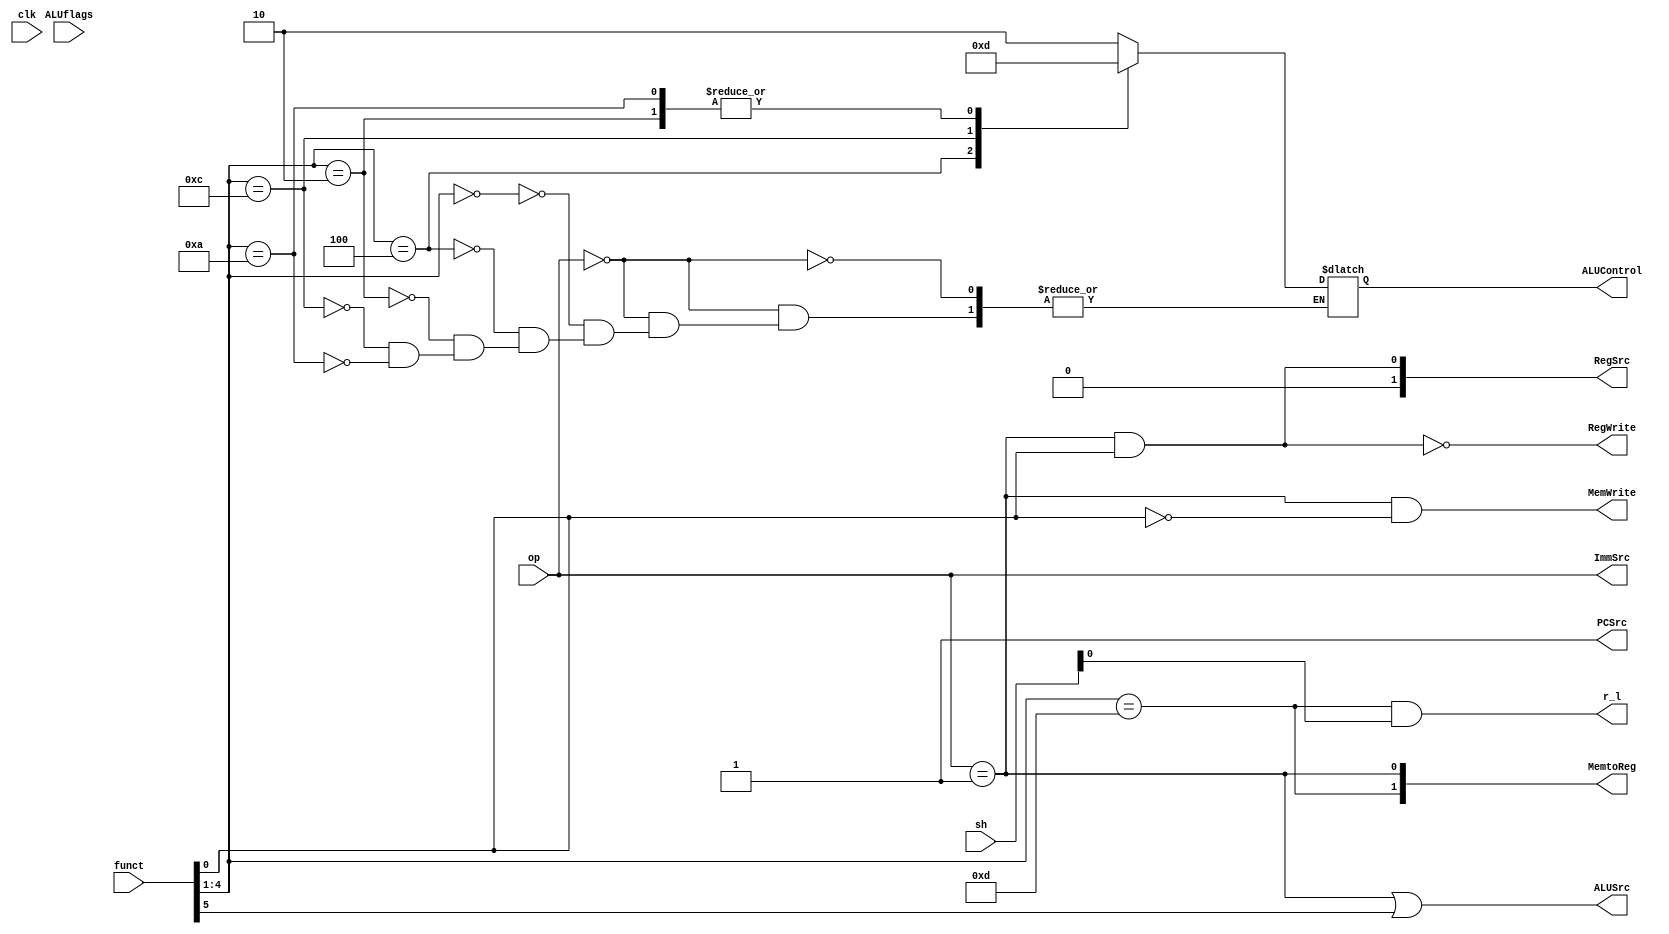
module controller(input clk,input [1:0] op, input [5:0] funct, input [3:0] ALUflags, input[1:0] sh,
 output PCSrc,RegWrite,ALUSrc,MemWrite,r_l,output [1:0] MemtoReg,RegSrc,ImmSrc,output reg [1:0] ALUControl);
 

reg [3:0] CPSR;


assign PCSrc=1; //since there is no branch

assign MemtoReg={funct[4:1]==4'b1101,op==1};
assign MemWrite=(op==1)&(~funct[0]);
assign ALUSrc=(op==1)| funct[5];
assign ImmSrc=op;
assign RegWrite=~((op==1)&funct[0]);
assign RegSrc={1'b0,(op==1)&funct[0]};
assign r_l= (funct[4:1]==4'b1101)&sh[0];


always @(*)          
	if(op==0)
		case (funct[4:1])
			4'b0000: ALUControl=2'b10;  //AND op
			4'b0100: ALUControl=2'b00;  //ADD op
			4'b0010: ALUControl=2'b01;  //SUB op
			4'b1100: ALUControl=2'b11;  //ORR op
			4'b1010: ALUControl=2'b01;  //CMP op
		endcase


always @(posedge clk)  //set the flags and update the CPSR
if((funct[4:1]==4'b1010)&ALUflags[2])	
	CPSR<=ALUflags;



endmodule